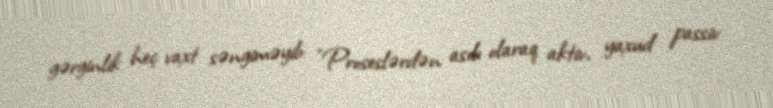
gərginlik heç vaxt səngiməyib: “Proseslərdən asılı olaraq aktiv, yaxud passiv